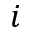
i